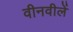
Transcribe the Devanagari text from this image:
वीनवीलें